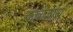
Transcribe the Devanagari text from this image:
कबोजानां